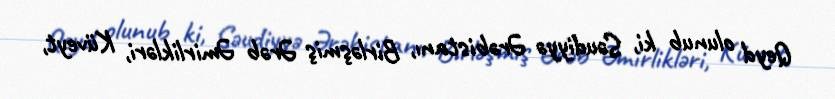
Qeyd olunub ki, Səudiyyə Ərəbistanı, Birləşmiş Ərəb Əmirlikləri, Küveyt,